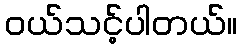
ဝယ်သင့်ပါတယ်။